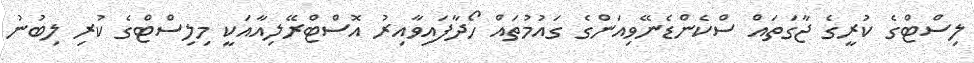
ލިސްޓްގެ ކުރީގެ ޖާގަތައް ސްކެންޑެނޭވިއަންގެ ގައުމުތައް ހޯދާފައިވާއިރު އޮސްޓްރޭލިއާއަކީ މިލިސްޓްގެ ކުރި ލިބުނު